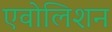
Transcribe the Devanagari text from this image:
एवोलिशन